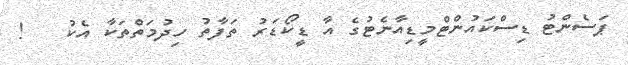
ޕަސެންޓު ޑިސްކައުންޓްމީޑިއާނެޓުގެ އާ ޑީކޯޑަރު ތަފާތު ހިދުމަތްތަކާ އެކު   !